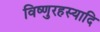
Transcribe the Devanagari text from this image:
विष्णुरहस्यादि